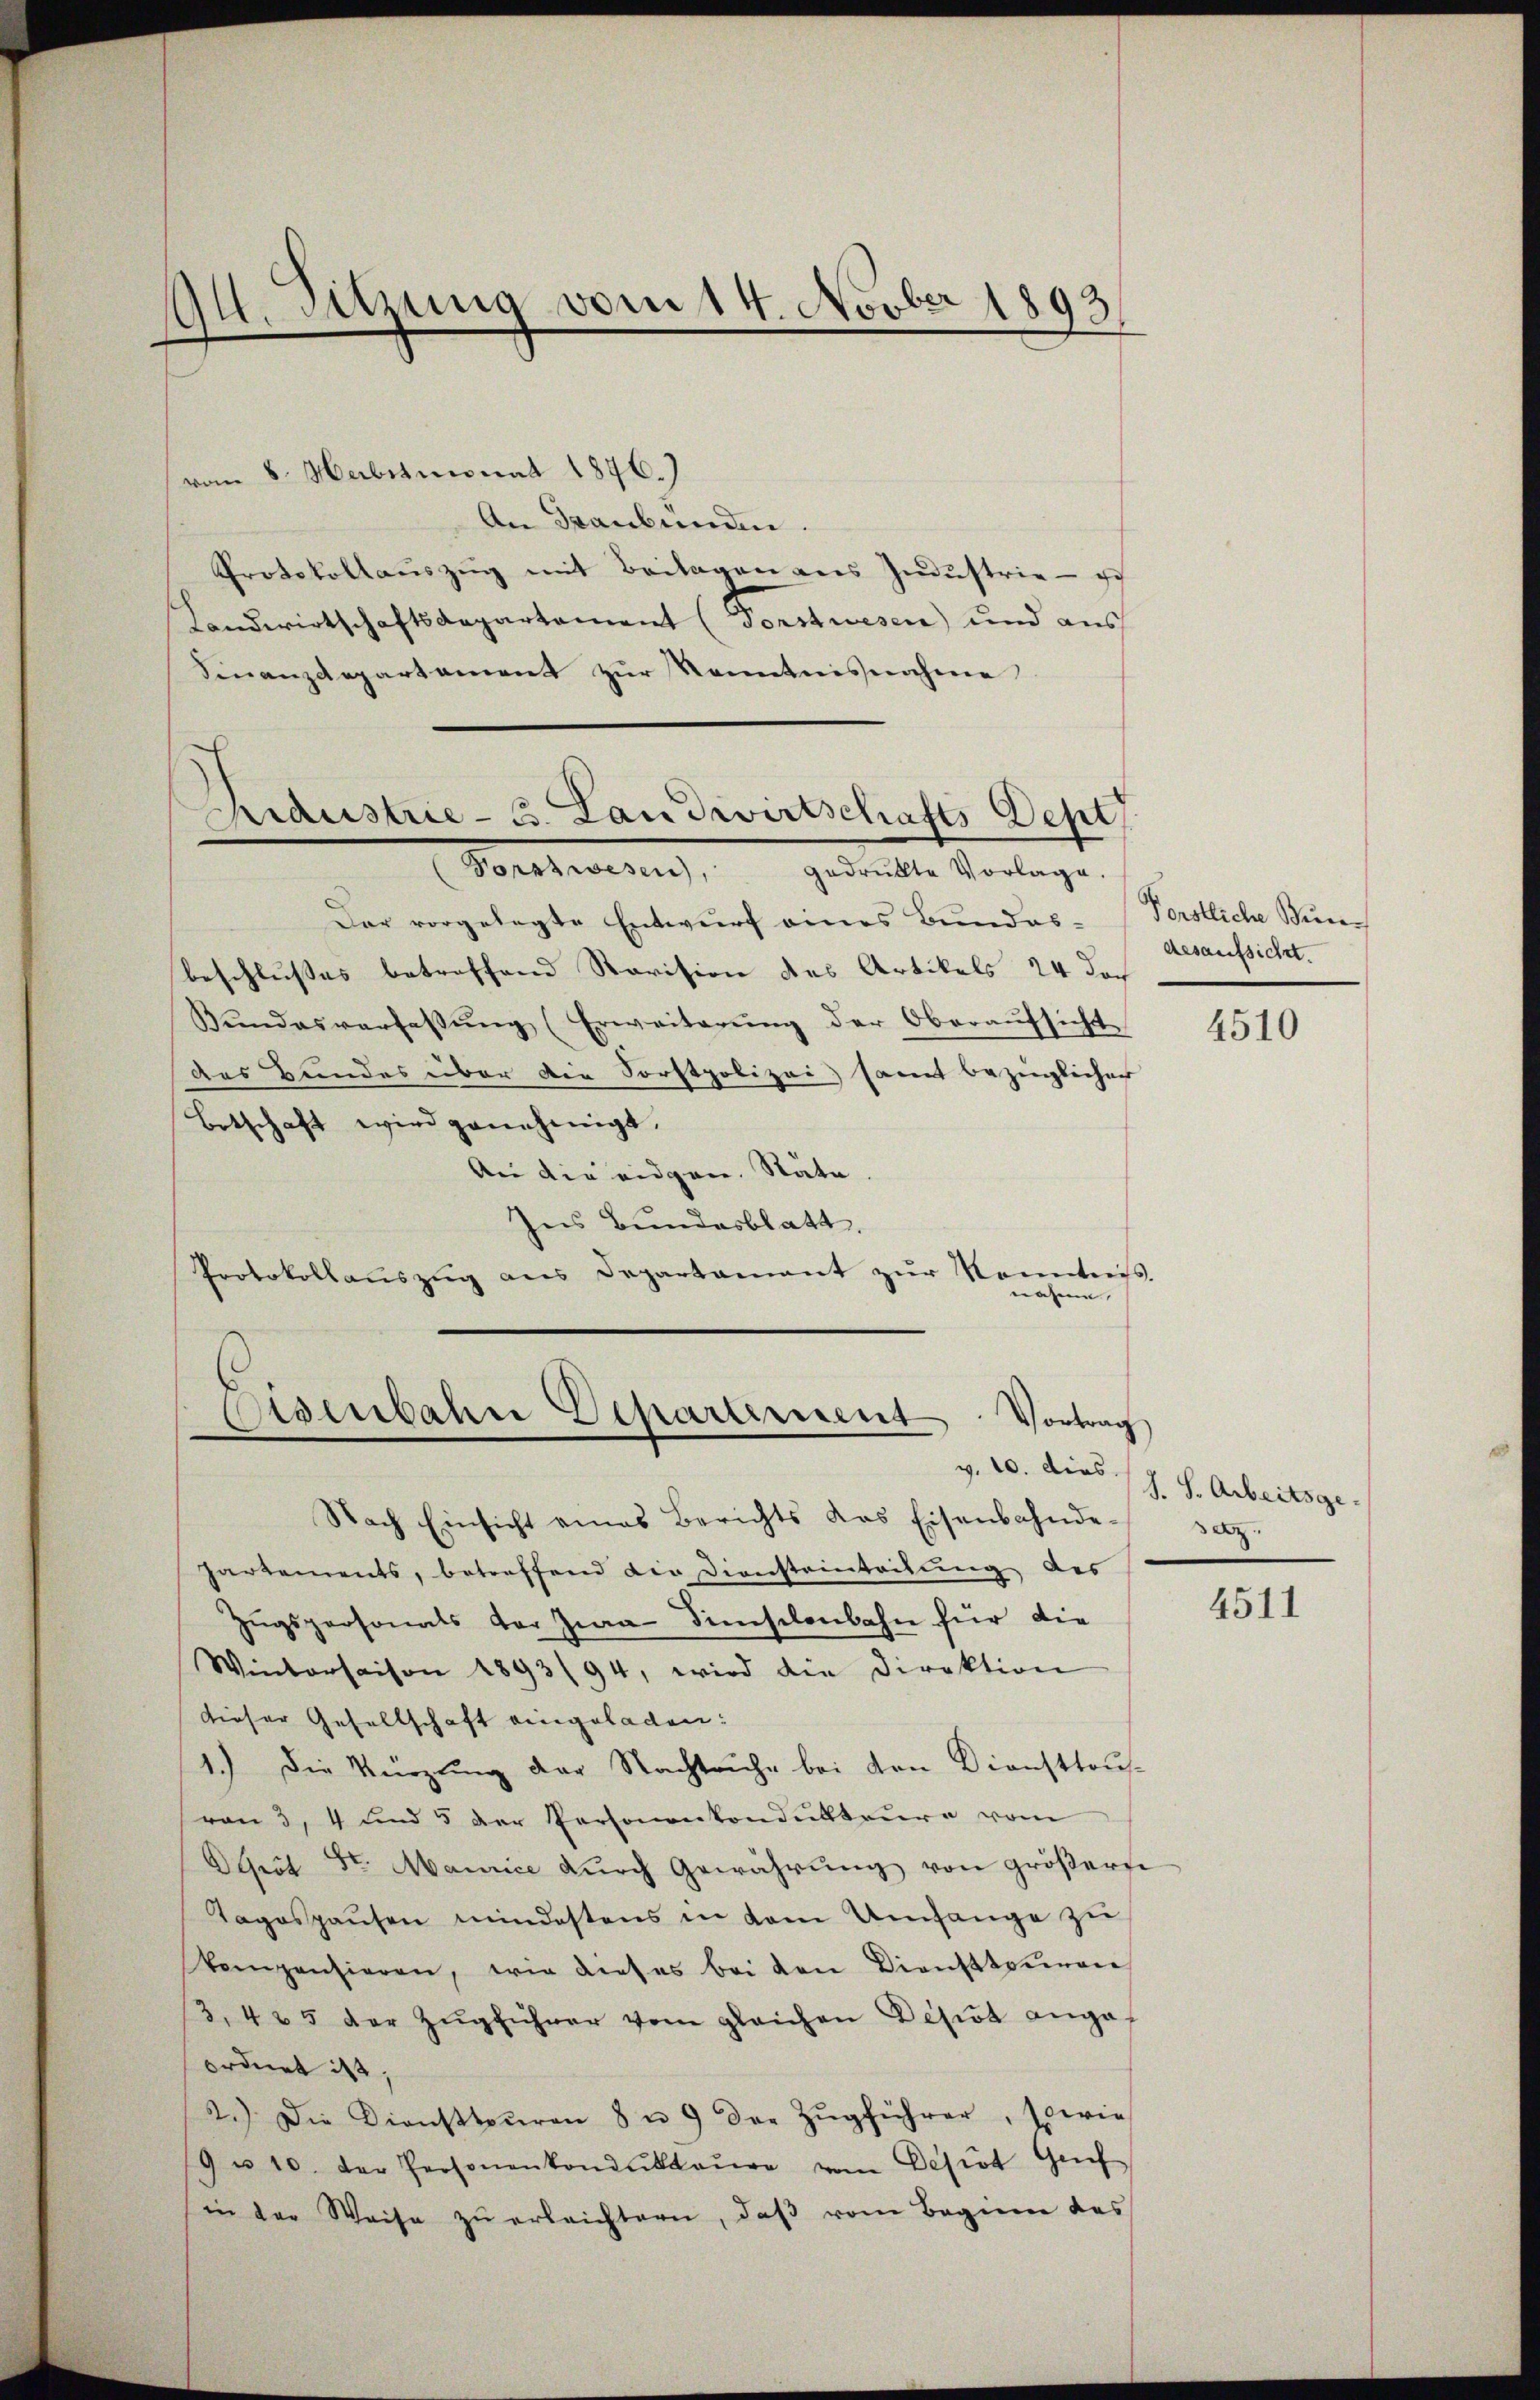
94. Sitzung vom 14. Novber 1893.

vom 8. Herbstmonat 1876.)
An Graubünden.
Protokollaŭszŭg mit Beilagen aus Indŭstrie - ich
Landwirtschaftsdepartement (Forstwesen) und aus
Finanzdepartement zŭr Kenntnisnahme

Der vorgelegte Entwurf eines Bundes- (Forstliche Stunbeschlußes betreffene Revision des Artikels 24 doch
Bŭndesverfassŭng (Erweiterŭng der Oberaŭfsicht
Das Bundes über die Forstpolizei, samt bezüglicher
Botschaft wird genehmigt,
An die eidgen. Stäte.
Ins Bundesblatt.
Protokollaŭszŭg ans Departamant zŭr Kenntniss.
nahme |

Ridustrie - 3. Landwirtschafts Dept
Sonstwesen, gedankte Vorlage.

Eisenbahre Departement Vortrag
v. 10. dies

Nach Einsicht eines Berichts das Eisenbahnde-
Partements, betreffend die Diensteinteilung des
Zŭgspersonals der Zwa Simselenbahn für die
Wintersaison 1893/94, wird die Direktion
dieser Gesellschaft eingeladen:
1.) Die Kürzung der Nachtruhe bei den Diensttou-
von 3, 4 und 5 der Personenkondukteure vom
Depot St. Maurice dŭrch Gewährŭng von größere
Tagospausen mindestens in dem Umfange zŭ
kompensieren, wie dieses bei den Diensteuren
3. 425 der Zŭgführer vom gleichen Desiot angef
ordnet ist.
2.) Die Dienstteuren 8 u. 9 der Zŭgführer, sowie
9 u 10. der Personenkondukteure vom Desist Gef
(in der Weise zŭ erleichtern, daß vom Beginne des

desaufsicht.

4510

J. S. Arbeitsge
az.

4511